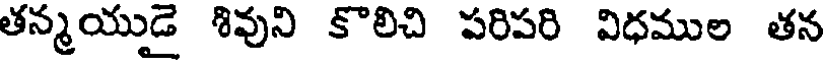
తన్మయుడై శివుని కొలిచి పరిపరి విధముల తన